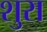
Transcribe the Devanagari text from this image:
शुरा